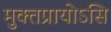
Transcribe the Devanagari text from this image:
मुक्तप्रायोऽसि